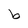
Character: b